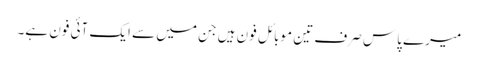
میرے پاس صرف تین موبائل فون ہیں جن میں سے ایک آئی فون ہے۔